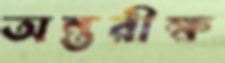
অন্তরীক্ষ